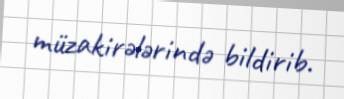
müzakirələrində bildirib.